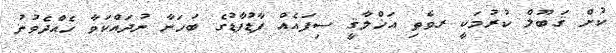
ކުށް ޤަބޫލް ކުރުމަކީ ރވެތި އަޚްލާޤީ ސިފައެއް ފާޑުފާޑުގެ ބަހަނާ ނުދައްކަވާ ހެއްދެވުނު